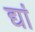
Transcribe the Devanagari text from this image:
द्यां